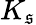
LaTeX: K_{\mathfrak{s}}